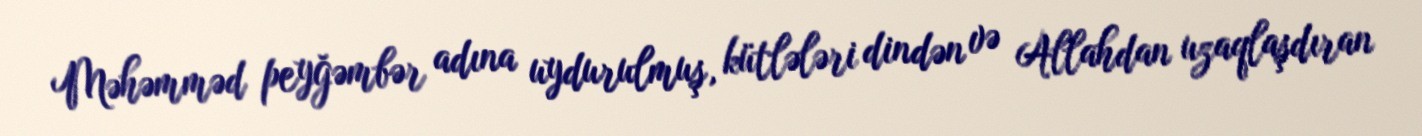
Məhəmməd peyğəmbər adına uydurulmuş, kütlələri dindən və Allahdan uzaqlaşdıran